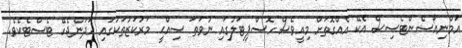
އަމްނިއޯސެންޓެސިސް އެކޭ އެއްގޮތަށް މިއީވެސް ހޮސްޕިޓަލުގައި ނުވަތަ ޞިއްޙީ މަރުކަޒުތަކުގައި ހަދަންޖެހޭ ޓެސްޓެކެވެ.